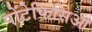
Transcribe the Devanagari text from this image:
पोंटेफिसिआ